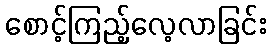
စောင့်ကြည့်လေ့လာခြင်း